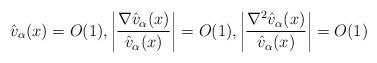
LaTeX: \begin{align*}\hat{v}_\alpha(x)=O(1),\left|\frac{\nabla \hat{v}_\alpha(x)}{\hat{v}_\alpha(x)}\right|=O(1),\left\vert\frac{\nabla^2\hat{v}_\alpha(x)}{\hat{v}_\alpha(x)}\right\vert=O(1)\end{align*}